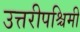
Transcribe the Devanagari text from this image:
उत्तरीपश्चिमी